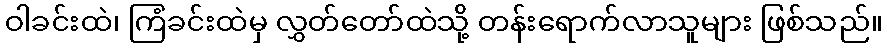
ဝါခင်းထဲ၊ ကြံခင်းထဲမှ လွှတ်တော်ထဲသို့ တန်းရောက်လာသူများ ဖြစ်သည်။